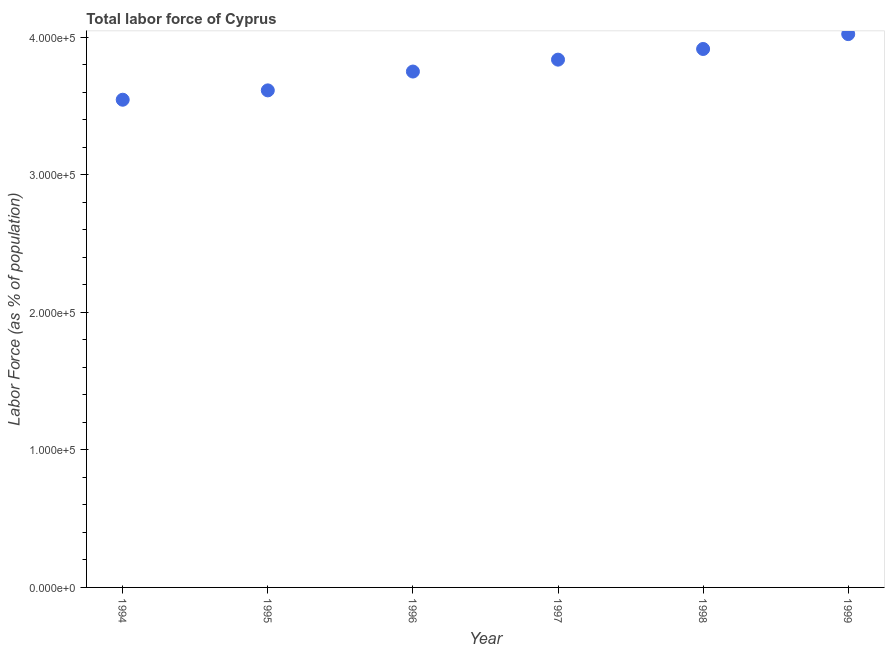
| Year | Labor force |
 | --- | --- |
 | 1994 | 3.55e+05 |
 | 1995 | 3.62e+05 |
 | 1996 | 3.75e+05 |
 | 1997 | 3.84e+05 |
 | 1998 | 3.92e+05 |
 | 1999 | 4.02e+05 |